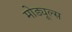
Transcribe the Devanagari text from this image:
मोड्यूल्स